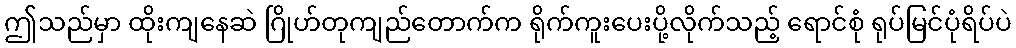
ဤသည်မှာ ထိုးကျနေဆဲ ဂြိုဟ်တုကျည်တောက်က ရိုက်ကူးပေးပို့လိုက်သည့် ရောင်စုံ ရုပ်မြင်ပုံရိပ်ပဲ